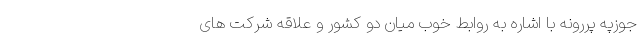
جوزپه پررونه با اشاره به روابط خوب میان دو کشور و علاقه شرکت های